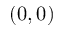
( 0 , 0 )